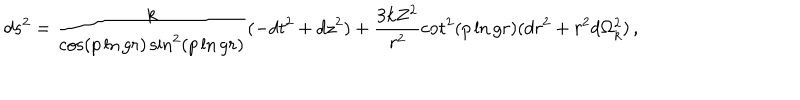
d s ^ { 2 } = \frac { k } { \cos ( p \ln g r ) \sin ^ { 2 } ( p \ln g r ) } ( - d t ^ { 2 } + d z ^ { 2 } ) + \frac { 3 k Z ^ { 2 } } { r ^ { 2 } } \cot ^ { 2 } ( p \ln g r ) ( d r ^ { 2 } + r ^ { 2 } d \Omega _ { k } ^ { 2 } ) \, ,